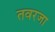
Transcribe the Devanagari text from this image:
तवरजा